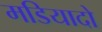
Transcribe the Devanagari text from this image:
मडियादो